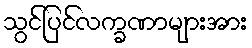
သွင်ပြင်လက္ခဏာများအား